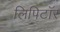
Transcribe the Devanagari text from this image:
लिपिटॉर